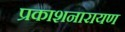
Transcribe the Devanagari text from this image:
प्रकाशनारायण